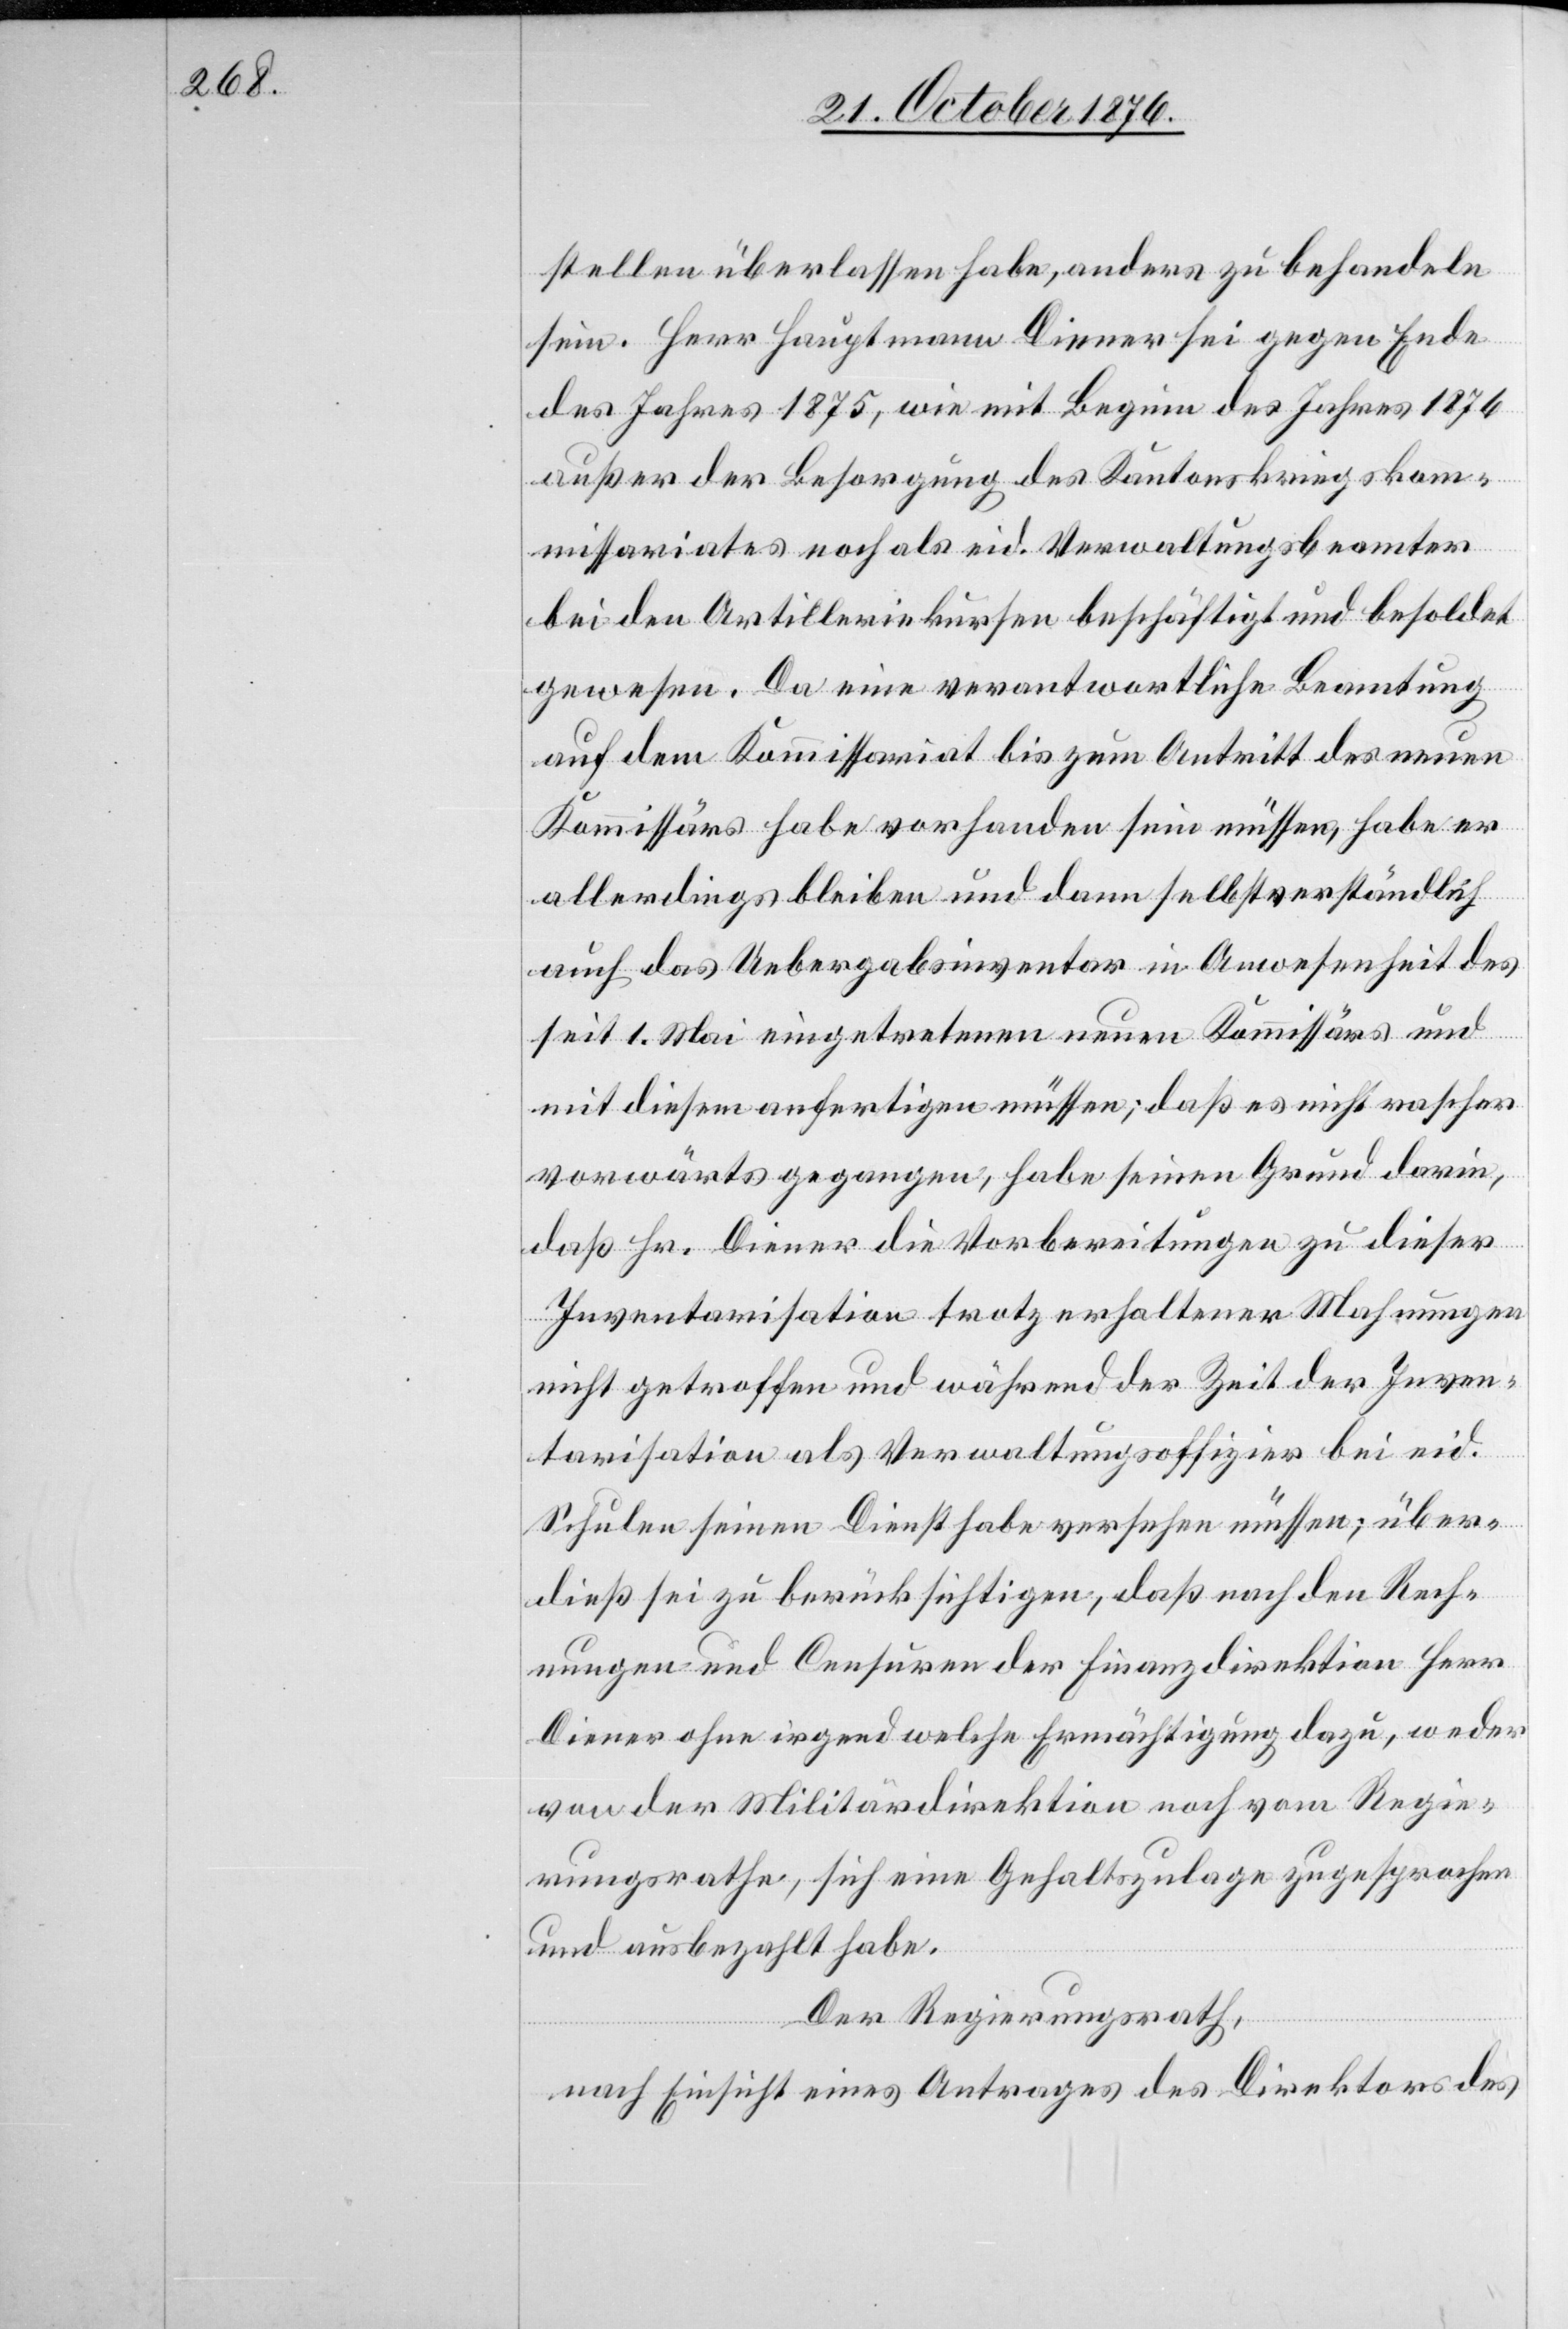
stellen überlassen habe, anders zu behandeln
sein. Herr Hauptmann Diener sei gegen Ende
des Jahres 1875, wie mit Beginn des Jahres 1876
außer der Besorgung des Kantonskriegskom¬
missariates noch als eid. Verwaltungsbeamter
bei den Artilleriekursen beschäftigt und besoldet
gewesen. Da eine verantwortliche Beamtung
auf dem Kommissariat bis zum Antritt des neuen
Kommissärs habe vorhanden sein müssen, habe er
allerdings bleiben und dann selbstverständlich
auch das Uebergabsinventar in Anwesenheit des
seit 1. Mai eingetretenen neuen Kommissärs und
mit diesem anfertigen müssen; daß es nicht rascher
vorwärts gegangen, habe seinen Grund darin,
daß Hr. Diener die Vorbereitungen zu dieser
Inventarisation trotz erhaltener Mahnungen
nicht getroffen und während der Zeit der Inven¬
tarisation als Verwaltungsoffizier bei eid.
Schulen seinen Dienst habe versehen müssen; über¬
dieß sei zu berücksichtigen, daß nach den Rech¬
nungen und Censuren der Finanzdirektion Herr
Diener ohne irgend welche Ermächtigung dazu, weder
von der Militärdirektion noch vom Regie¬
rungsrathe, sich eine Gehaltszulage zugesprochen
und ausbezahlt habe.
Der Regierungsrath,
nach Einsicht eines Antrages des Direktors des